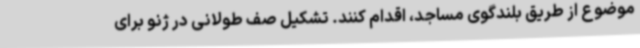
موضوع از طریق بلندگوی مساجد، اقدام کنند. تشکیل صف طولانی در ژنو برای